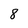
Character: 8